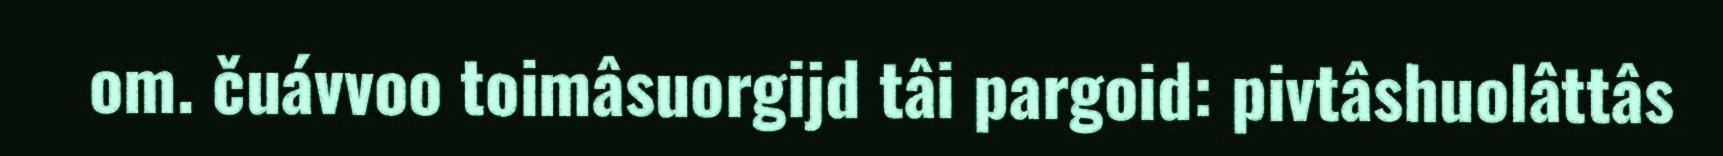
om. čuávvoo toimâsuorgijd tâi pargoid: pivtâshuolâttâs